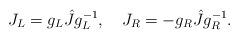
LaTeX: \begin{align*}J_L=g_L\hat{J}g_L^{-1},\quad J_R=-g_R\hat{J}g_R^{-1}.\end{align*}